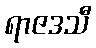
ရာဇဒသီ